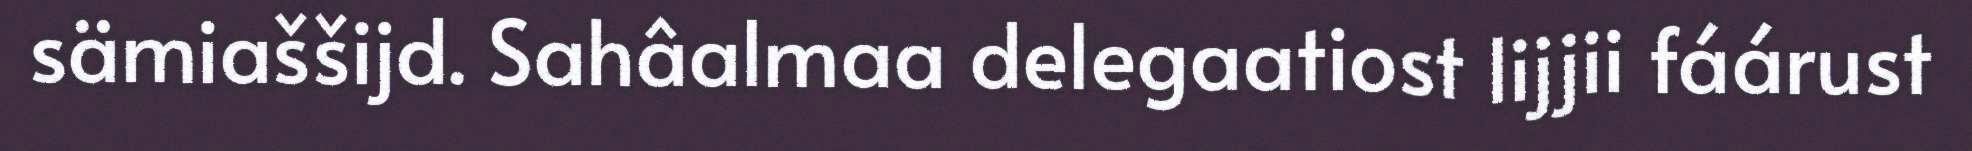
sämiaššijd. Sahâalmaa delegaatiost lijjii fáárust